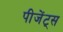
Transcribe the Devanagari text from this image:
पीजेंट्स